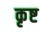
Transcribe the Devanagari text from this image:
कृष्ट